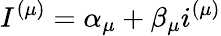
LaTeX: I^{(\mu)}=\alpha_{\mu}+\beta_{\mu}i^{(\mu)}